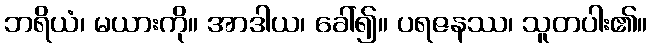
ဘရိယံ၊ မယားကို။ အာဒါယ၊ ခေါ်၍။ ပရဇနဿ၊ သူတပါး၏။